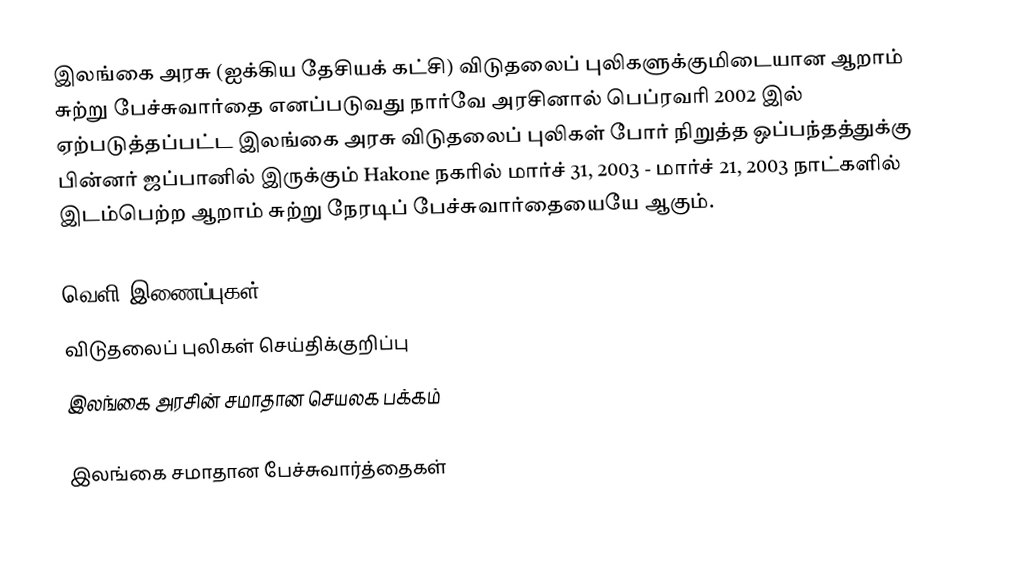
இலங்கை அரசு (ஐக்கிய தேசியக் கட்சி) விடுதலைப் புலிகளுக்குமிடையான ஆறாம் சுற்று பேச்சுவார்தை எனப்படுவது நார்வே அரசினால் பெப்ரவரி 2002 இல் ஏற்படுத்தப்பட்ட இலங்கை அரசு விடுதலைப் புலிகள் போர் நிறுத்த ஒப்பந்தத்துக்கு பின்னர் ஜப்பானில் இருக்கும் Hakone நகரில் மார்ச் 31, 2003 - மார்ச் 21, 2003  நாட்களில்  இடம்பெற்ற ஆறாம் சுற்று நேரடிப் பேச்சுவார்தையையே ஆகும்.

வெளி இணைப்புகள்
  விடுதலைப் புலிகள் செய்திக்குறிப்பு
 இலங்கை அரசின் சமாதான செயலக பக்கம்

இலங்கை சமாதான பேச்சுவார்த்தைகள்